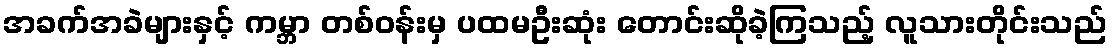
အခက်အခဲများနှင့် ကမ္ဘာ တစ်ဝန်းမှ ပထမဦးဆုံး တောင်းဆိုခဲ့ကြသည့် လူသားတိုင်းသည်